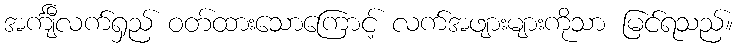
အင်္ကျီလက်ရှည် ဝတ်ထားသောကြောင့် လက်အဖျားများကိုသာ မြင်ရသည်။